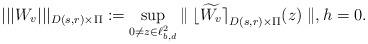
LaTeX: \begin{align*}|||{W_v}|||_{D(s,r)\times\Pi}: =\sup_{0\neq z\in \ell^2_{b,d}}{\parallel{\lfloor{\widetilde{W_v}}\rceil}_{D(s,r)\times\Pi}(z)\parallel}, h=0.\end{align*}